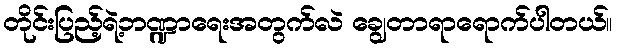
တိုင်းပြည့်ရဲ့ဘဏ္ဍာရေးအတွက်လဲ ချွေတာရာရောက်ပါတယ်။